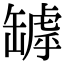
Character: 罅